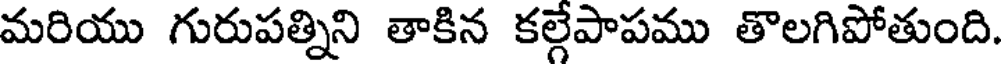
మరియు గురుపత్నిని తాకిన కల్గేపాపము తొలగిపోతుంది.